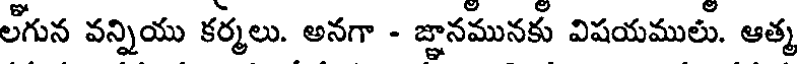
ల్గున వన్నియు కర్మలు. అనగా - జ్ఞానమునకు విషయములు. ఆత్మ